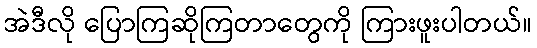
အဲဒီလို ပြောကြဆိုကြတာတွေကို ကြားဖူးပါတယ်။